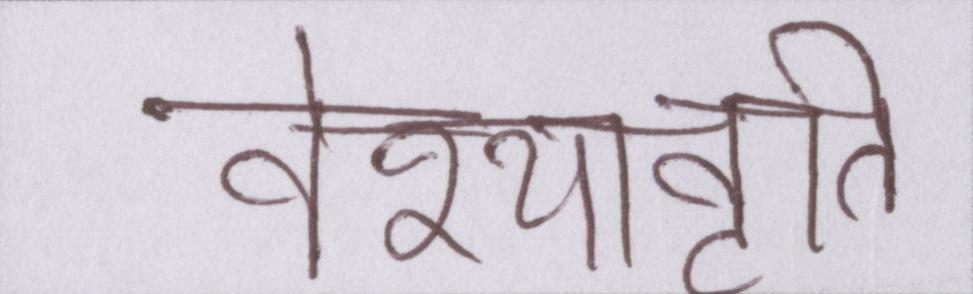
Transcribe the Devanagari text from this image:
वेश्यावृति